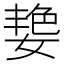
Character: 𮱑